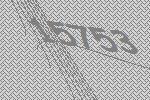
15753